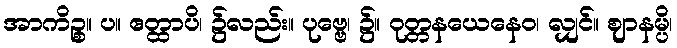
အာကိဉ္စ။ ပ။ ဧတ္ထာပိ၊ ၌လည်း။ ပုဗ္ဗေ၊ ၌။ ဝုတ္တနယေနေဝ၊ လျှင်။ ဈာနမ္ပိ၊